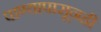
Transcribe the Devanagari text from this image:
पाण्यापासूनही